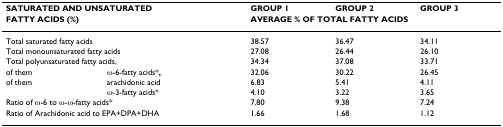
| <COLSPAN=2> SATURATED AND UNSATURATED | GROUP 1 | GROUP 2 | GROUP 3 |
 | <COLSPAN=2> FATTY ACIDS (%) | <COLSPAN=3> AVERAGE % OF TOTAL FATTY ACIDS |
 | --- | --- | --- | --- | --- |
 | <COLSPAN=2> Total saturated fatty acids | 38.57 | 36.47 | 34.11 |
 | <COLSPAN=2> Total monounsaturated fatty acids | 27.08 | 26.44 | 26.10 |
 | <COLSPAN=2> Total polyunsaturated fatty acids, | 34.34 | 37.08 | 33.71 |
 | of them | ω-6-fatty acids*, | 32.06 | 30.22 | 26.45 |
 | of them | arachidonic acid | 6.83 | 5.41 | 4.11 |
 |  | ω-3-fatty acids* | 4.10 | 3.22 | 3.65 |
 | <COLSPAN=2> Ratio of ω-6 to ω-ω-fatty acids* | 7.80 | 9.38 | 7.24 |
 | <COLSPAN=2> Ratio of Arachidonic acid to EPA+DPA+DHA | 1.66 | 1.68 | 1.12 |